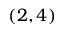
( 2 , 4 )